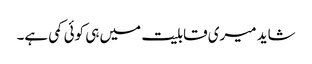
شاید میری قابلیت میں ہی کوئی کمی ہے۔